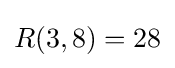
R(3,8)=28